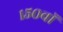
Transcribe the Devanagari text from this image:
१५०वॉ